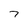
Character: 7